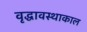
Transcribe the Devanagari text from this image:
वृद्धावस्थाकाल